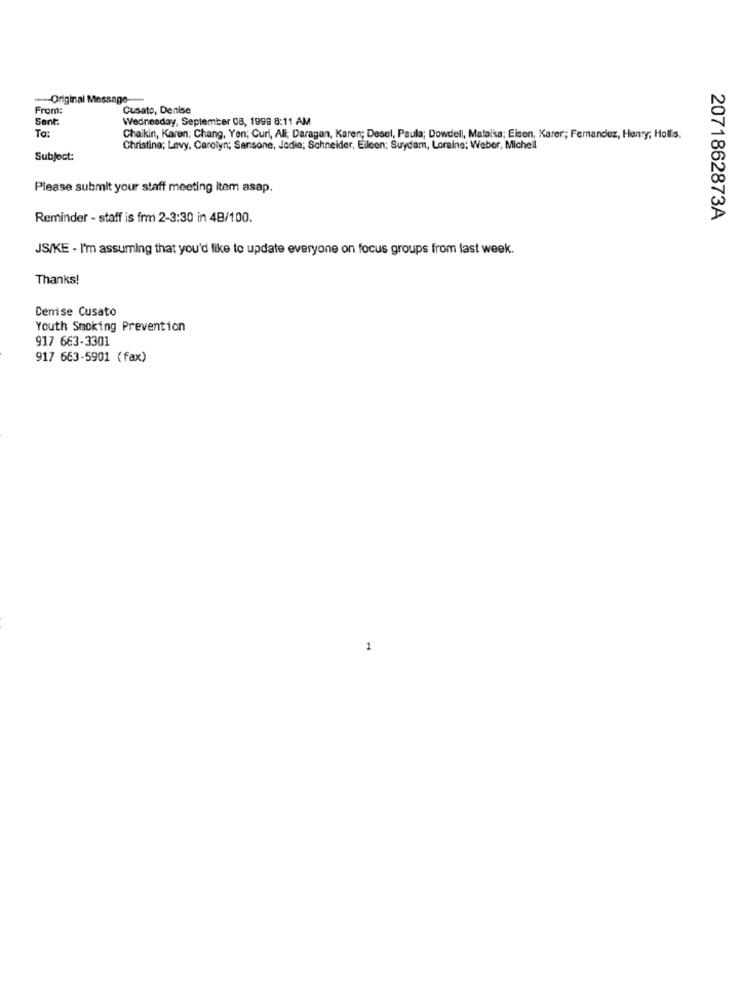
-- Original Message-
From:
Cusato, Denise
Sent:
Wednesday, September 08, 1998 8:11 AM
To:
Chaikin, Karen; Chang, Yen; Curi, Ali; Daragan, Karen; Desel, Paula; Dowdell, Malaika; Eisen, Karer; Fernandez, Henry; Hollis.
Christina; Levy, Carolyn; Sansone, Jodie; Schneider, Eileen; Suydam, Loraine; Weber, Michell
Subject:
Please submit your staff meeting item asap.
Reminder - staff is frm 2-3:30 in 4B/100.
2071862873A
JS/KE - I'm assuming that you'd like to update everyone on focus groups from last week.
Thanks!
Denise Cusato
Youth Smoking Prevention
917 663-3301
917 663-5901 (fax)
1